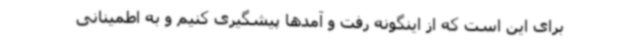
برای این است که از اینگونه رفت و آمدها پیشگیری کنیم و به اطمینانی